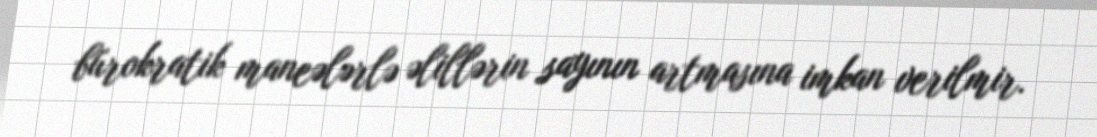
bürokratik maneələrlə əlillərin sayının artmasına imkan verilmir.